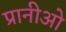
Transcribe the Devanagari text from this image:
प्रानीओ